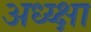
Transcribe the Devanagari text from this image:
अध्य्क्षा